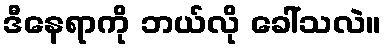
ဒီနေရာကို ဘယ်လို ခေါ်သလဲ။